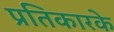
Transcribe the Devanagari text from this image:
प्रतिकारके